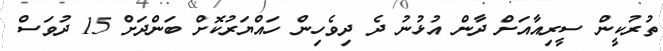
ތުރުކީން ސީރިއާއަށް ދާން އުޅުނު ދެ ދިވެހިން ހައްޔަރުކޮށް ބަންދަށް 15 ދުވަސް